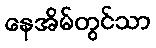
နေအိမ်တွင်သာ